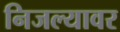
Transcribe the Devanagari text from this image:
निजल्यावर